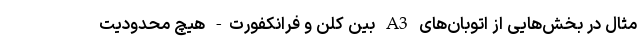
مثال در بخش‌هایی از اتوبان‌های A3 بین کلن و فرانکفورت- هیچ محدودیت